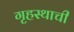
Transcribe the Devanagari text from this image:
गृहस्थाची